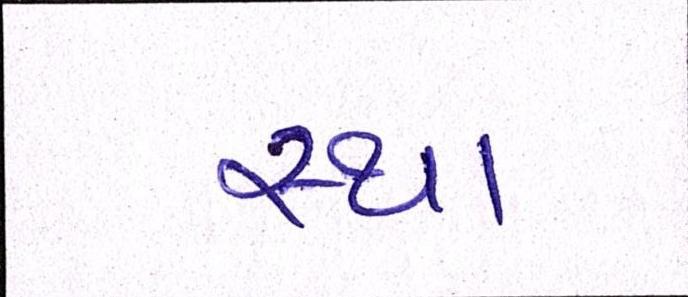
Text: સ્થા